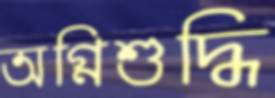
অগ্নিশুদ্ধি